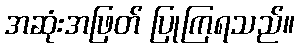
အဆုံးအဖြတ် ပြုကြရသည်။